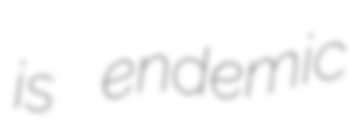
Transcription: is endemic